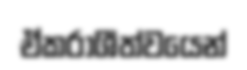
ඒකරාශීත්වයෙන්